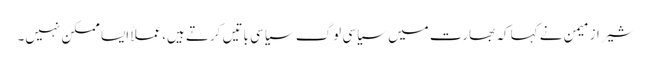
شیراز میمن نے کہا کہ بھارت میں سیاسی لوگ سیاسی باتیں کرتے ہیں،عملاً ایسا ممکن نہیں۔